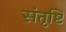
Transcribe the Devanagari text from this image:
संतृष्टि